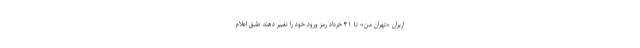
اربران «تهران من» تا ۳۱ خرداد رمز ورود خود را تغییر دهند طبق اعلام